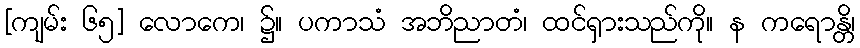
[ကျမ်း ၆၅] လောကေ၊ ၌။ ပကာသံ အဘိညာတံ၊ ထင်ရှားသည်ကို။ န ကရောန္တိ၊